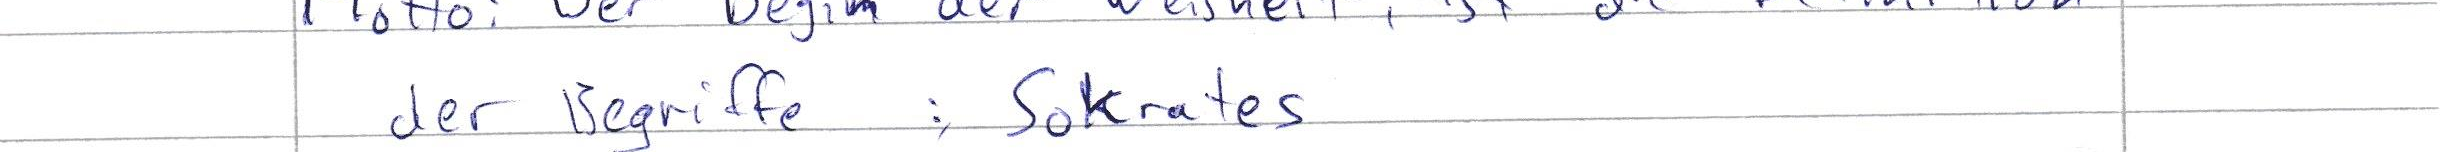
der Begriffe : Sokrates